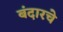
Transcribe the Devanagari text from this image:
बंदारचे